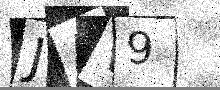
Text: JAV9